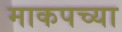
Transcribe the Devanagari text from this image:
माकपच्या